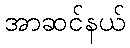
အာဆင်နယ်